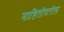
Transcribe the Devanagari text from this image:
माहितीवरील